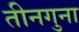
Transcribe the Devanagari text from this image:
तीनगुना